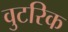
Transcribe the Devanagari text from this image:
वुटरिक